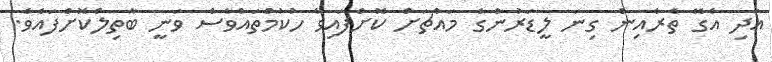
އަދި އެގޭ ތެރެއިން ގިނަ ލީޑަރުންގެ މައްޗަށް ކޮށްފައިވާ ހުކުމްތައްވެސް ވަނީ ބާތިލްކޮށްފައެވެ.